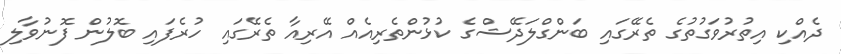
ދެއްކި އިތުރުވަގުތުގެ ތެރޭގައި ބަންގްލަދޭޝްގެ ކުޅުންތެރިއެއް އޭރިއާ ތެރޭގައި ހުރެފައި ބޮލުން ފޮނުވާލި